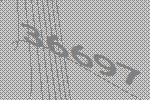
36697